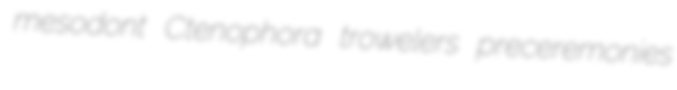
mesodont Ctenophora trowelers preceremonies